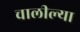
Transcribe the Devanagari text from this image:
चालील्या